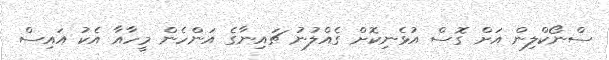
ސްނޯކްލިން އަށް ގޮސް އުޅެނިކޮށް ގެއްލުނު ޗައިނާގެ އަންހެން މީހާއާ އެކު އައިސް